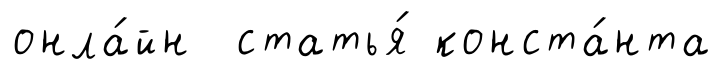
онла́йн статья́ конста́нта